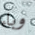
وباء